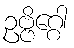
ဥဗ္ဗိဂ္ဂေါ